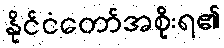
နိုင်ငံတော်အစိုးရ၏